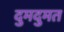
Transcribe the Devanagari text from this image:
दुमदुमत